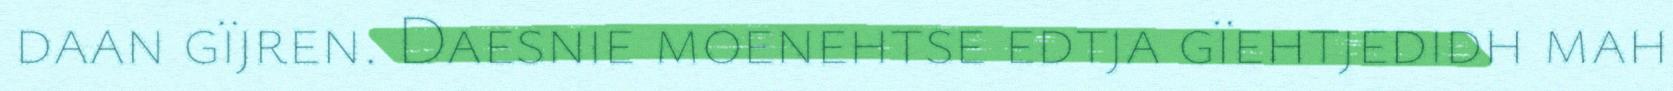
daan gïjren. Daesnie moenehtse edtja gïehtjedidh mah